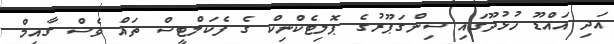
އަދި އައްޑޫ ހުޅުދޫގައި ސިންގަޕޫރުގެ ޕޮލިޓެކްނިކް ގެ ފެކަލްޓީސް ތައް ވެސް ގާއިމް